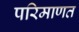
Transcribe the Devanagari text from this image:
परिमाणत